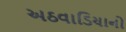
અઠવાડિયાનો